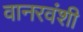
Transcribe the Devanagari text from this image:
वानरवंशी